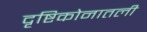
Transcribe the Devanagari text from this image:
दृष्टिकोनातली